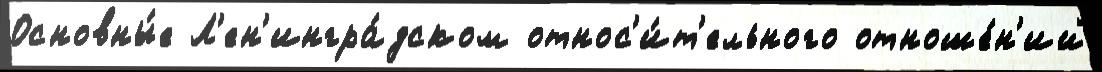
Основны́е Л'ен'ингра́дском относ'и́т'ельного отноше́н'ий